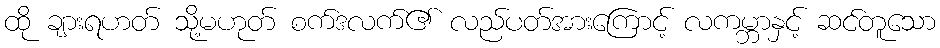
ထို ချားရဟတ် သို့မဟုတ် စက်ဒလက်၏ လည်ပတ်အားကြောင့် လကမ္ဘာနှင့် ဆင်တူသော